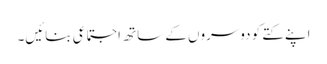
اپنے کتے کو دوسروں کے ساتھ اجتماعی بنائیں۔